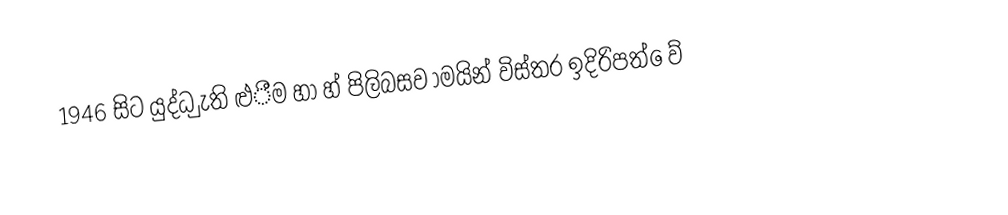
1946  සිට යුද්ධ  ුැති  ළුීම  හා  හ්  පිලිබසව  ාමයින්  විස්තර  ඉදිරිපත්  ෙව්